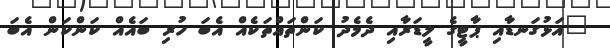
"އަޅުގަނޑާއި ޕާޓީގެ ލީޑަރާއި ދެމެދު ކަންތައްތަކެއް އެބަ ހުރި ބައެއް ކަންކަން އެބަ